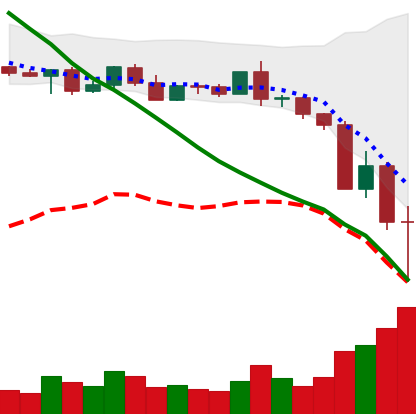
Ticker: BNB-USD
Chart end date: 2022-05-12
Forward return: 13.569%
Label: up_7plus